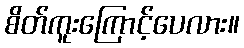
စိတ်ကူးကြောင့်ပေလား။